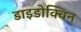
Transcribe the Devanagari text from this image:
डाइडोक्विन